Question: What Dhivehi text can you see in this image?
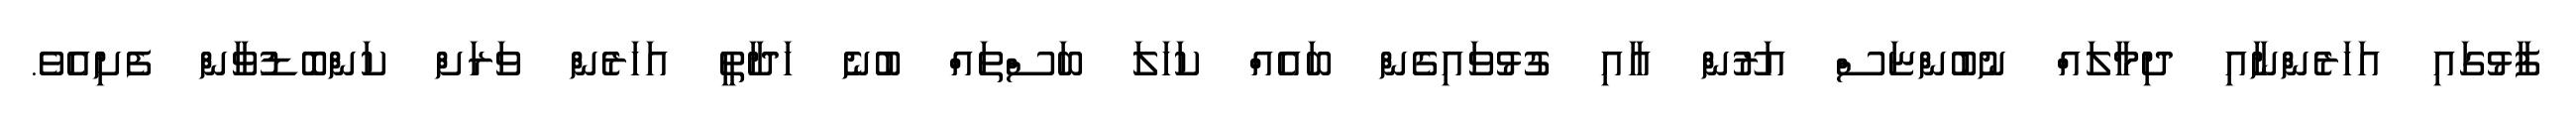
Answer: ފާޅުގައި އަހަރެންނާއި ދިމާލައް ނުބުންޏަސް އަރޫން އާއި ގުޅުވައިގެން ބައެއް ކަހަލަ ބަސްތައް ބުނެ ހަދާތީ އަހަރެން ވަރަށް ކަންބޮޑުވާން ފެށިއެވެ.